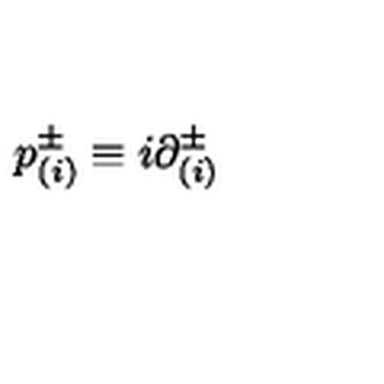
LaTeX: p _ { ( i ) } ^ { \pm } \equiv i { \partial } _ { ( i ) } ^ { \pm }